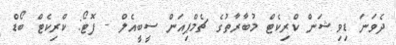
ދެވަނަ ޑިވިޝަން ކްރިކެޓް މުބާރާތުގެ ޗެމްޕިއަން ސީބީއެލް - ފޮޓޯ: ކްރިކެޓް ބޯޑް